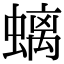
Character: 螭